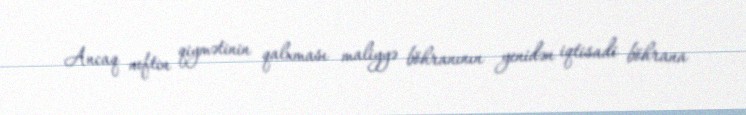
Ancaq neftin qiymətinin qalxması maliyyə böhranının yenidən iqtisadi böhrana